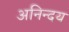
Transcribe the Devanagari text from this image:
अनिन्दय